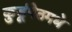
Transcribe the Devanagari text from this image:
कुर्डूपेठमधे